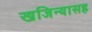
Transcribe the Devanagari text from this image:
खजिन्यासह